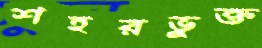
শহরভুক্ত